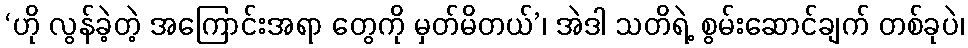
‘ဟို လွန်ခဲ့တဲ့ အကြောင်းအရာ တွေကို မှတ်မိတယ်’၊ အဲဒါ သတိရဲ့ စွမ်းဆောင်ချက် တစ်ခုပဲ၊